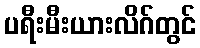
ပရီးမီးယားလိဂ်တွင်